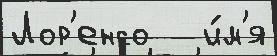
Лор'енсо   и́м'я